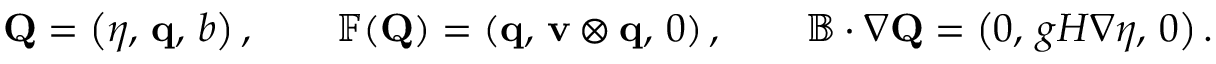
\mathbf { Q } = \left( \eta , \, \mathbf { q } , \, b \right) , \qquad \mathbb { F } ( \mathbf { Q } ) = \left( \mathbf { q } , \, \mathbf { v } \otimes \mathbf { q } , \, 0 \right) , \qquad \mathbb { B } \cdot \nabla \mathbf { Q } = \left( 0 , \, g H \nabla \eta , \, 0 \right) .